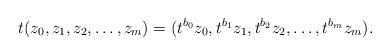
LaTeX: \begin{align*}t(z_0,z_1,z_2,\dots,z_m)=(t^{b_0}z_0,t^{b_1}z_1,t^{b_2}z_2,\dots,t^{b_m}z_m).\end{align*}